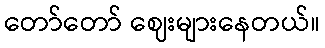
တော်တော် ဈေးများနေတယ်။